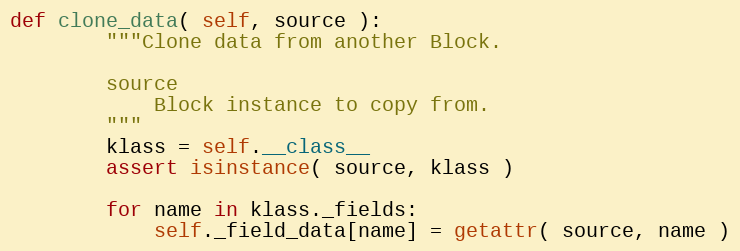
Language: Python
def clone_data( self, source ):
        """Clone data from another Block.

        source
            Block instance to copy from.
        """
        klass = self.__class__
        assert isinstance( source, klass )

        for name in klass._fields:
            self._field_data[name] = getattr( source, name )